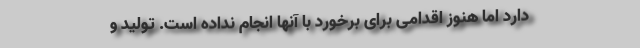
دارد اما هنوز اقدامی برای برخورد با آنها انجام نداده است. تولید و